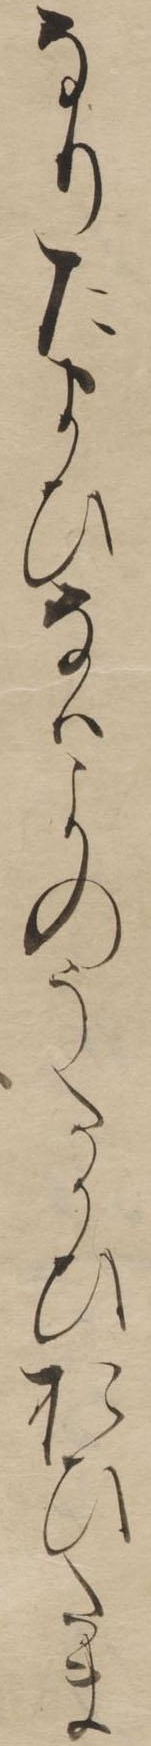
なりたまひなはよのうたかひおひたま